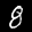
Label: 8